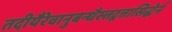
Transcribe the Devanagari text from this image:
तदीयैरेवानुबन्धैस्त्तद्वत्तासिद्धेर्न